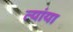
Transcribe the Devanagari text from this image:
त्यांया